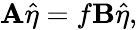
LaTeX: \mathbf{A}\hat{\mathbf{\eta}}=f\mathbf{B}\hat{\mathbf{\eta}},